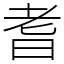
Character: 耆